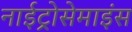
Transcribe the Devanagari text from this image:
नाईट्रोसेमाइंस